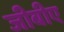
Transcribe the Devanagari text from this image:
जीबीए